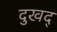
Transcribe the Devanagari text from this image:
दुखद्